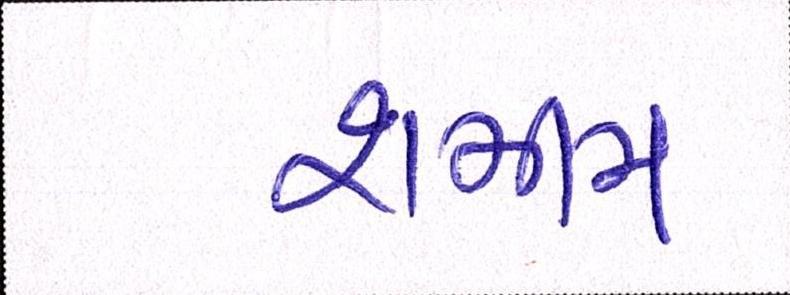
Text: શમીમ